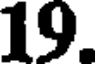
19.